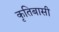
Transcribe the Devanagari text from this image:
कृतिबासी